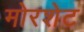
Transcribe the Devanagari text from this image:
मोरशेट